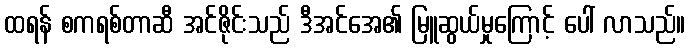
ထရန် စကရစ်တာဆီ အင်ဇိုင်းသည် ဒီအင်အေ၏ မြူဆွယ်မှုကြောင့် ပေါ် လာသည်။